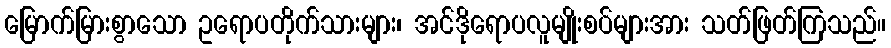
မြောက်မြားစွာသော ဥရောပတိုက်သားများ၊ အင်ဒိုရောပလူမျိုးစပ်များအား သတ်ဖြတ်ကြသည်။